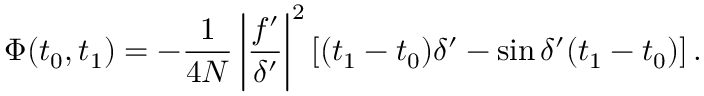
\Phi ( t _ { 0 } , t _ { 1 } ) = - \frac { 1 } { 4 N } \left| \frac { f ^ { \prime } } { \delta ^ { \prime } } \right| ^ { 2 } \left[ ( t _ { 1 } - t _ { 0 } ) \delta ^ { \prime } - \sin \delta ^ { \prime } ( t _ { 1 } - t _ { 0 } ) \right] .